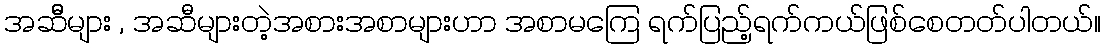
အဆီီများ , အဆီများတဲ့အစားအစာများဟာ အစာမကြေ ရက်ပြည့်ရက်ကယ်ဖြစ်စေတတ်ပါတယ်။